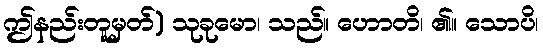
ဤနည်းတူမှတ်) သုခုမော၊ သည်။ ဟောတိ၊ ၏။ သောပိ၊